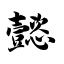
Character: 懿